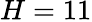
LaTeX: H=11